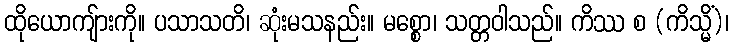
ထိုယောကျ်ားကို။ ပသာသတိ၊ ဆုံးမသနည်း။ မစ္စော၊ သတ္တဝါသည်။ ကိဿ စ (ကိသ္မိံ)၊